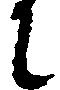
に